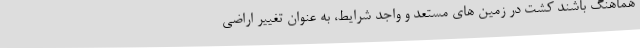
هماهنگ باشند کشت در زمین های مستعد و واجد شرایط، به عنوان تغییر اراضی